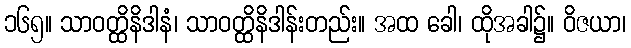
၁၆၅။ သာဝတ္ထိနိဒါနံ၊ သာဝတ္ထိနိဒါန်းတည်း။ အထ ခေါ၊ ထိုအခါ၌။ ဝိဇယာ၊